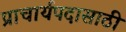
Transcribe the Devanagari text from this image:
प्राचार्यपदासाठी